画像に写った文字を読んでください
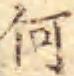
「何」と書いてあります